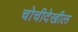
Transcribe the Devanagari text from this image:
चोचीदेखील